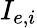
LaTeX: I_{e,i}